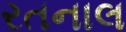
રતનાલ